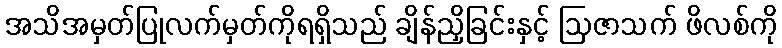
အသိအမှတ်ပြုလက်မှတ်ကိုရရှိသည် ချိန်ညှိခြင်းနှင့် ဩဇာသက် ဖိလစ်ကို